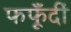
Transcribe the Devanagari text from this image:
फफूँदीं